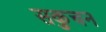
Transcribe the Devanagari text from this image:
सकुचन